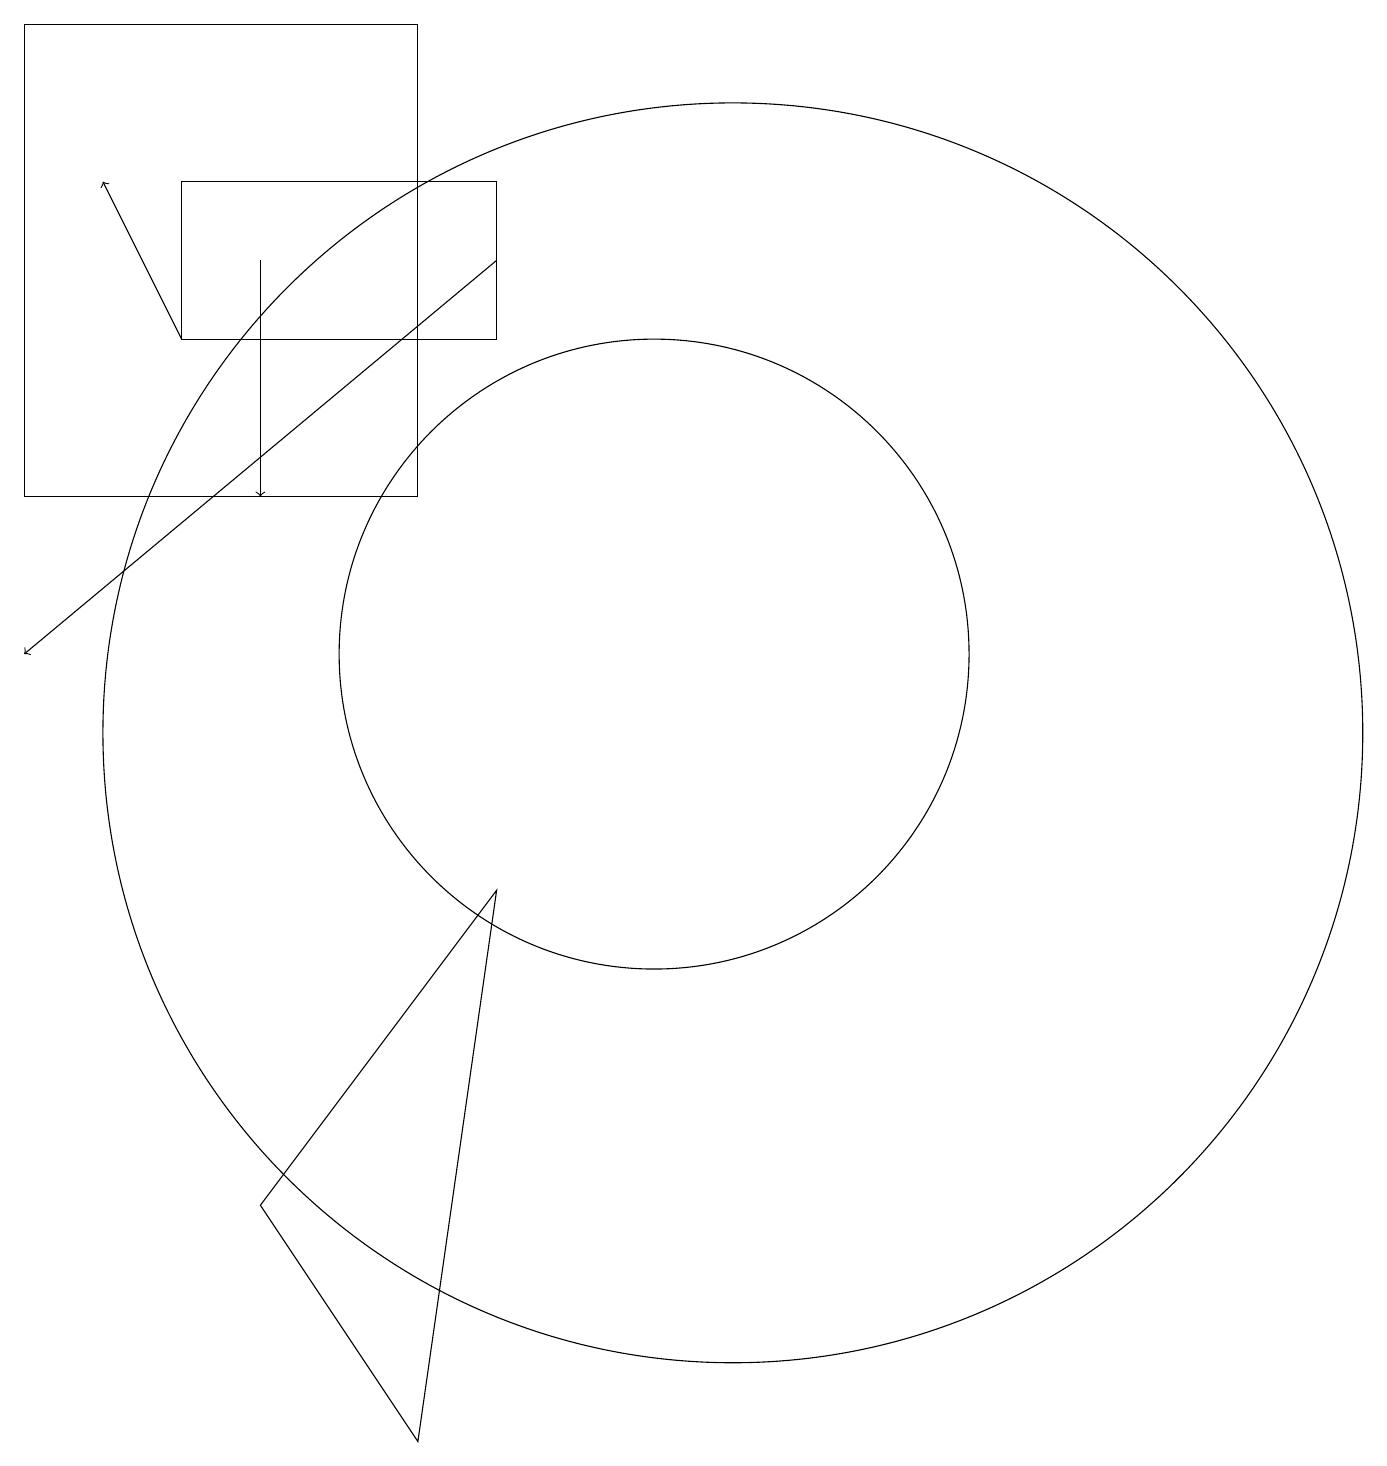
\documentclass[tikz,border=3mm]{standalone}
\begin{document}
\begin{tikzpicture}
\draw (6,4) -- (8,1) -- (9,8) -- cycle;
\draw[->] (6,16) -- (6,13);
\draw (8,19) rectangle (3,13);
\draw (5,15) rectangle (9,17);
\draw (11,11) circle (4);
\draw[->] (9,16) -- (3,11);
\draw (12,10) circle (8);
\draw[->] (5,15) -- (4,17);
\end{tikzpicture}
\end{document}